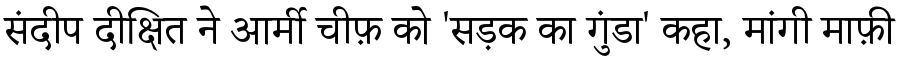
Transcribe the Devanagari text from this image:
संदीप दीक्षित ने आर्मी चीफ़ को 'सड़क का गुंडा' कहा, मांगी माफ़ी